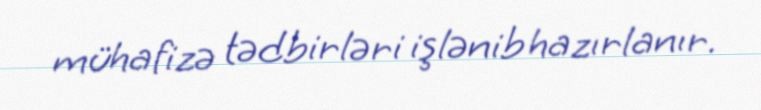
mühafizə tədbirləri işlənib hazırlanır.